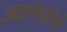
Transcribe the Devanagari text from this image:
अष्टांगयोगी